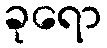
ခုရော